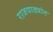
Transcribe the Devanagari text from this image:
राजवाड्यांत